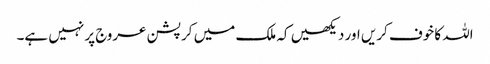
اللہ کا خوف کریں اور دیکھیں کہ ملک میں کرپشن عروج پر نہیں ہے۔